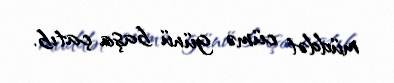
müddət cümə günü başa çatıb.